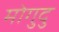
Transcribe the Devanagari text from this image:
मोगुदु